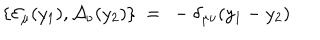
\{ { \cal E } _ { \mu } ( y _ { 1 } ) , { \cal A } _ { \nu } ( y _ { 2 } ) \} \ = \ - \delta _ { \mu \nu } ( y _ { 1 } - y _ { 2 } )